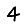
Digit: 4